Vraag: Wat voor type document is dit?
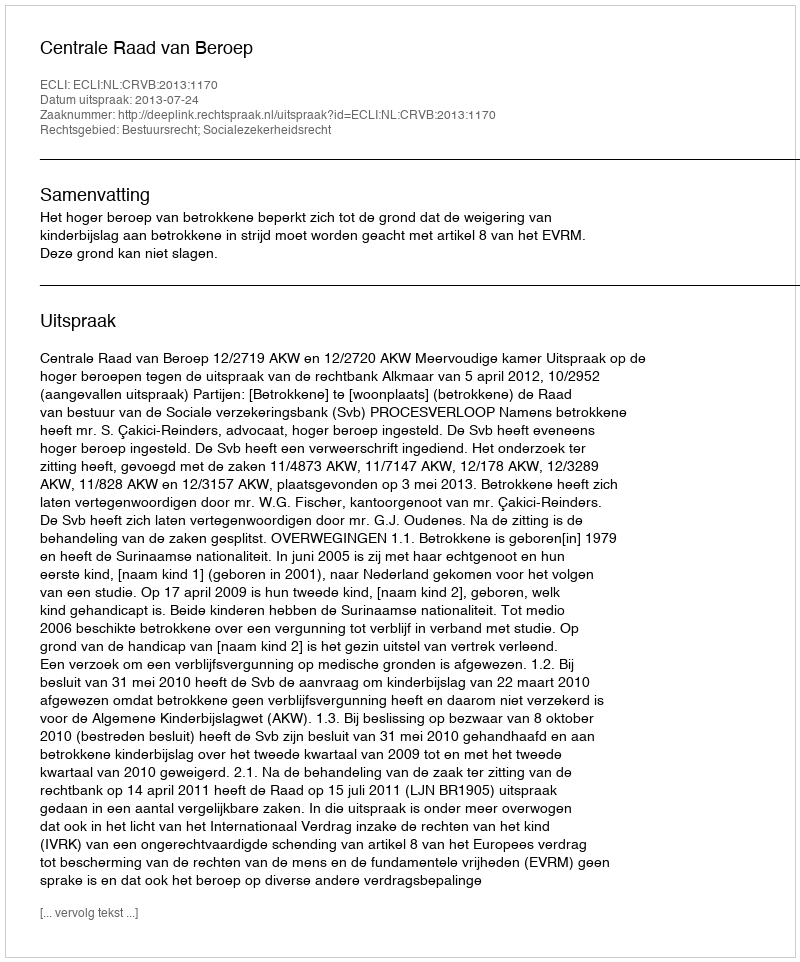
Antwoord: Uitspraak